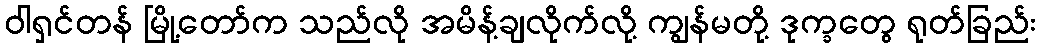
ဝါရှင်တန် မြို့တော်က သည်လို အမိန့်ချလိုက်လို့ ကျွန်မတို့ ဒုက္ခတွေ ရုတ်ခြည်း